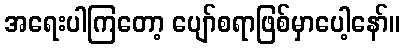
အရေးပါကြတော့ ပျော်စရာဖြစ်မှာပေါ့နော်။